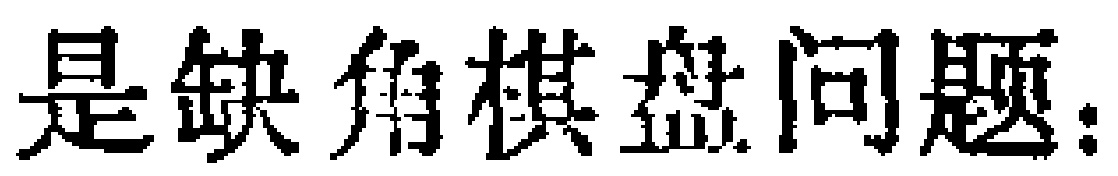
例 1-16 [1987. 文(五)、理(四)],如图 1-6,三棱锥